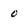
Character: 0